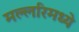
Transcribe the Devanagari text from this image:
मल्लरिमध्ये